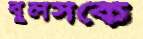
বুলসকে